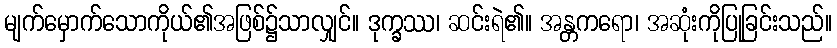
မျက်မှောက်သောကိုယ်၏အဖြစ်၌သာလျှင်။ ဒုက္ခဿ၊ ဆင်းရဲ၏။ အန္တကရော၊ အဆုံးကိုပြုခြင်းသည်။